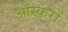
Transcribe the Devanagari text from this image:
ऑस्करों